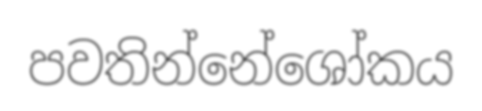
පවතින්නේශෝකය